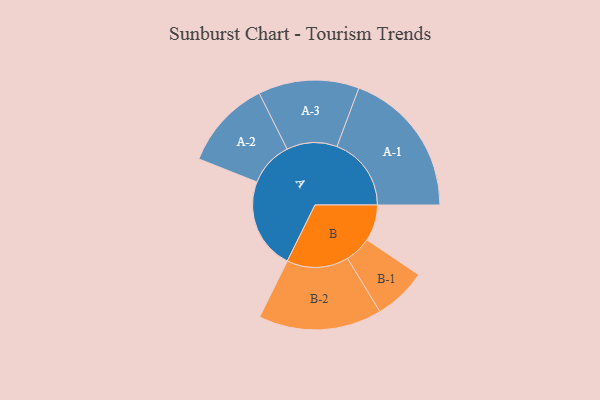
{"axis": {"x": "Segment", "y": "Value"}, "legend": ["", "A", "B"], "data": [{"x": "A", "y": 355, "type": ""}, {"x": "B", "y": 141, "type": ""}, {"x": "A-1", "y": 289, "type": "A"}, {"x": "A-2", "y": 174, "type": "A"}, {"x": "A-3", "y": 196, "type": "A"}, {"x": "B-1", "y": 103, "type": "B"}, {"x": "B-2", "y": 240, "type": "B"}]}